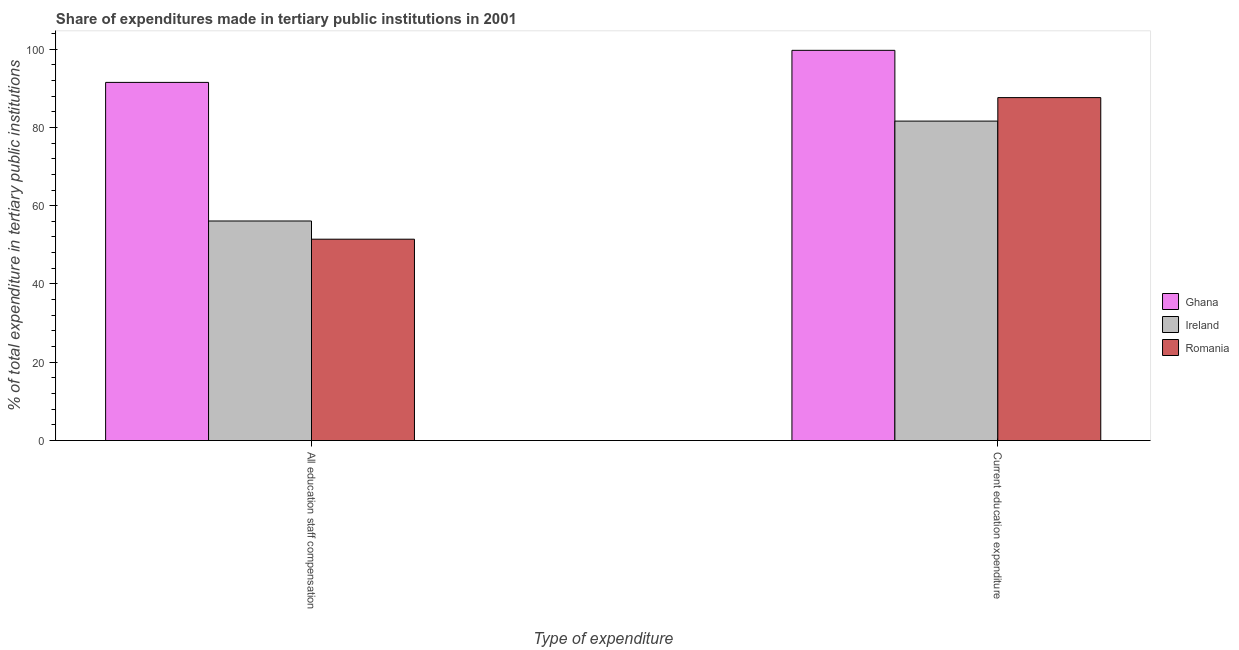
| Type of expenditure | Ghana | Ireland | Romania |
 | --- | --- | --- | --- |
 | All education staff compensation | 91.5 | 56.1 | 51.4 |
 | Current education expenditure | 99.7 | 81.6 | 87.6 |